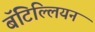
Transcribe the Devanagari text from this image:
बॅटिल्लियन